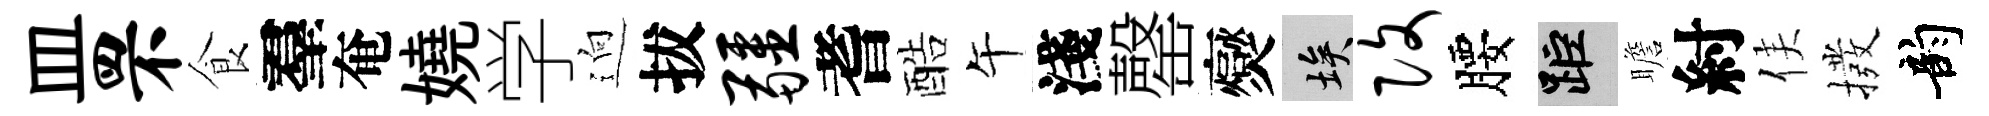
皿罘食羣奄嬈学逈拔疆耆酷午淺罄爕埃改腰距瞻紂侯撥韵